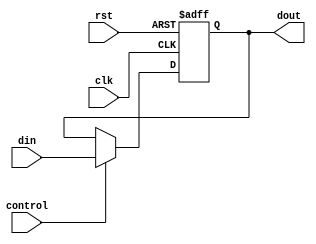
module pc(
  input clk,
  input rst,
  input control,
  input [31:0] din,
  output [31:0] dout
  );
  
  reg[31:0] currentPC;
  
  initial
    currentPC = 32'h3000;    
  
  always@(posedge clk or posedge rst)
  begin
    if(rst)
      currentPC = 32'h3000;
    else
      if(control) 
      begin
        currentPC = din;   //renew pc
        $display(" PC_current :0x%x ", currentPC); //display the current pc
      end
  end

  assign dout = currentPC;
endmodule